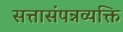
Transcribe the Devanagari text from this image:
सत्तासंपन्नव्यक्ति